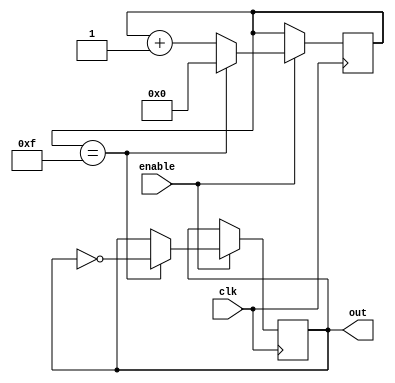
module binary_clock_divider (
    input wire clk,
    input wire enable,
    output reg out
);

reg [3:0] counter;

always @ (posedge clk) begin
    if (enable) begin
        if (counter == 4'b1111) begin
            counter <= 0;
            out <= ~out;
        end else begin
            counter <= counter + 1;
        end
    end
end

endmodule